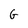
Character: G